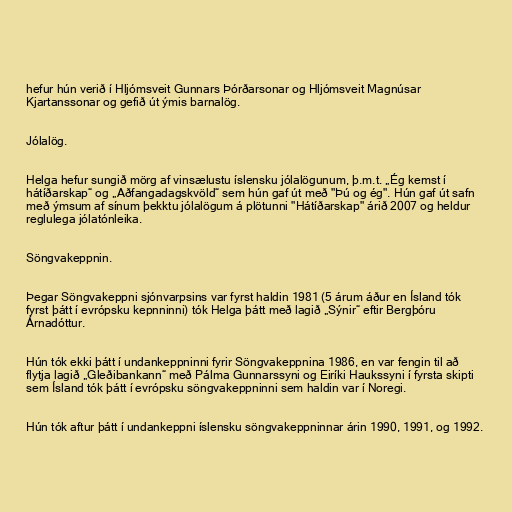
hefur hún verið í Hljómsveit Gunnars Þórðarsonar og Hljómsveit Magnúsar
Kjartanssonar og gefið út ýmis barnalög.

Jólalög.

Helga hefur sungið mörg af vinsælustu íslensku jólalögunum, þ.m.t. „Ég kemst í
hátíðarskap“ og „Aðfangadagskvöld“ sem hún gaf út með "Þú og ég". Hún gaf út safn
með ýmsum af sínum þekktu jólalögum á plötunni "Hátíðarskap" árið 2007 og heldur
reglulega jólatónleika.

Söngvakeppnin.

Þegar Söngvakeppni sjónvarpsins var fyrst haldin 1981 (5 árum áður en Ísland tók
fyrst þátt í evrópsku kepnninni) tók Helga þátt með lagið „Sýnir“ eftir Bergþóru
Árnadóttur.

Hún tók ekki þátt í undankeppninni fyrir Söngvakeppnina 1986, en var fengin til að
flytja lagið „Gleðibankann“ með Pálma Gunnarssyni og Eiríki Haukssyni í fyrsta skipti
sem Ísland tók þátt í evrópsku söngvakeppninni sem haldin var í Noregi.

Hún tók aftur þátt í undankeppni íslensku söngvakeppninnar árin 1990, 1991, og 1992.